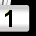
Digit: 1